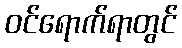
ဝင်ရောက်ရာတွင်